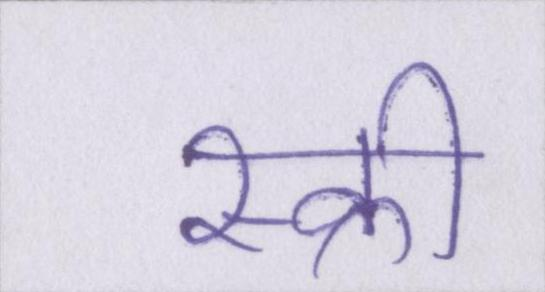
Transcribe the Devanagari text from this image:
स्क्री